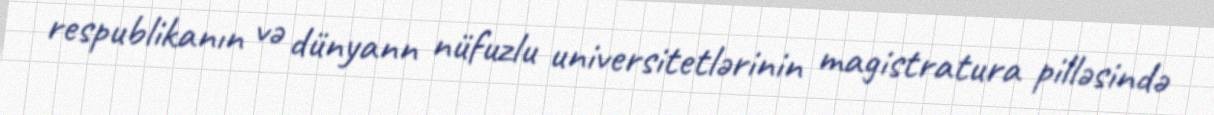
respublikanın və dünyann nüfuzlu universitetlərinin magistratura pilləsində